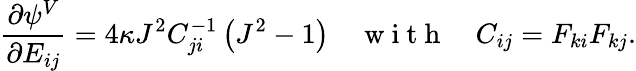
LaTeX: \frac{\partial\psi^{V}}{\partial E_{ij}}=4\kappa J^{2}C_{ji}^{-1}\left(J^{2}-1\right)\quad\mathrm{~w~i~t~h~}\quad C_{ij}=F_{ki}F_{kj}.